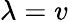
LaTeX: \lambda=v